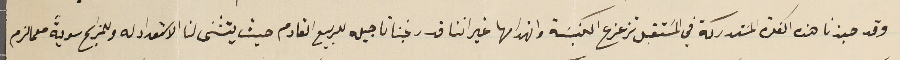
وقد حبذنا هذه الفكرة المسَتدركة في المَستقبل تزعزع الكنيسَة وانهدامها غير اننا قد رغبنا تاجيله للربيع القادم حيث يتثنى لنا الاستعداد له وللمذبح سويةً ممالزم